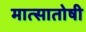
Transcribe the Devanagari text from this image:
मात्सातोषी